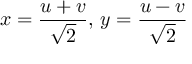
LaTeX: x = { \frac { u + v } { \sqrt { 2 } } } , \, y = { \frac { u - v } { \sqrt { 2 } } }